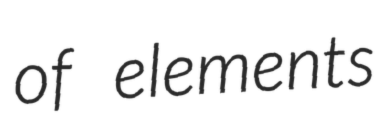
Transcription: of elements